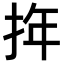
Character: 𢬧